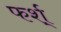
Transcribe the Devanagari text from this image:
फर्श्